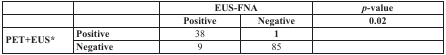
|  |  | <COLSPAN=2> EUS-FNA | p-value |
 |  |  | Positive | Negative | 0.02 |
 | --- | --- | --- | --- | --- |
 | <ROWSPAN=2> PET+EUS* | Positive | 38 | 1 |  |
 | Negative | 9 | 85 |  |